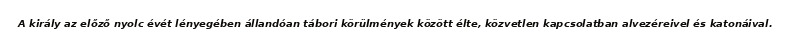
A király az előző nyolc évét lényegében állandóan tábori körülmények között élte, közvetlen kapcsolatban alvezéreivel és katonáival.